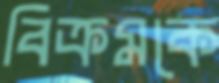
বিক্রমকে